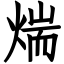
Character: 煓